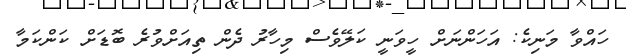
ހައްވާ މަނިކެ: އަހަންނަށް ހީވަނީ ކަލޭވެސް މިހާރު ދެން ތިއަށްވުރެ ބޮޑަށް ކަންކަމާ